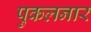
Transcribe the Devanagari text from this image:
पुकलनार